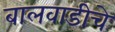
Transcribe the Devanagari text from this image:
बालवाडीचे